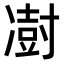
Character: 𫥙